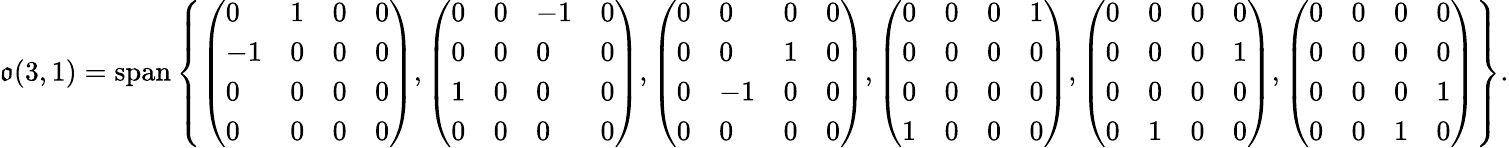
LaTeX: {\mathfrak{o}}(3,1)=\mathrm{span}\left\{ \left({\begin{array}{llll}{0}&{1}&{0}&{0}\\ {-1}&{0}&{0}&{0}\\ {0}&{0}&{0}&{0}\\ {0}&{0}&{0}&{0}\end{array}}\right),\left({\begin{array}{llll}{0}&{0}&{-1}&{0}\\ {0}&{0}&{0}&{0}\\ {1}&{0}&{0}&{0}\\ {0}&{0}&{0}&{0}\end{array}}\right),\left({\begin{array}{llll}{0}&{0}&{0}&{0}\\ {0}&{0}&{1}&{0}\\ {0}&{-1}&{0}&{0}\\ {0}&{0}&{0}&{0}\end{array}}\right),\left({\begin{array}{llll}{0}&{0}&{0}&{1}\\ {0}&{0}&{0}&{0}\\ {0}&{0}&{0}&{0}\\ {1}&{0}&{0}&{0}\end{array}}\right),\left({\begin{array}{llll}{0}&{0}&{0}&{0}\\ {0}&{0}&{0}&{1}\\ {0}&{0}&{0}&{0}\\ {0}&{1}&{0}&{0}\end{array}}\right),\left({\begin{array}{llll}{0}&{0}&{0}&{0}\\ {0}&{0}&{0}&{0}\\ {0}&{0}&{0}&{1}\\ {0}&{0}&{1}&{0}\end{array}}\right)\right\} .